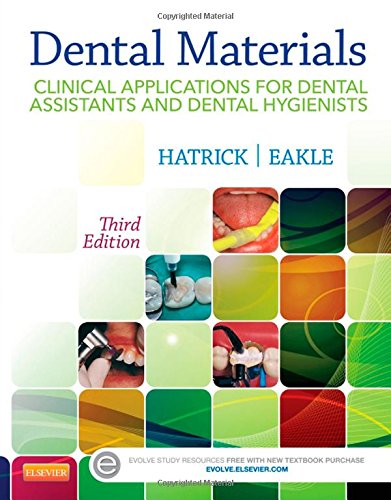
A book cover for Dental Materials: Clinical Applications for Dental Assistants and Dental Hygienists, 3e; Carol Dixon Hatrick CDA  RDA  RDH  MS; Medical Books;